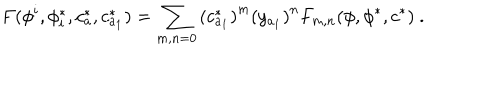
LaTeX: F ( \phi ^ { i } , \phi _ { i } ^ { * } , c _ { a } ^ { * } , c _ { a _ { 1 } } ^ { * } ) = \sum _ { m , n = 0 } \left( c _ { a _ { 1 } } ^ { * } \right) ^ { m } \left( y _ { a _ { 1 } } \right) ^ { n } F _ { m , n } ( \phi , \phi ^ { * } , c ^ { * } ) \ .